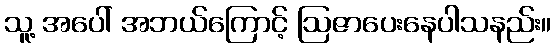
သူ့ အပေါ် အဘယ်ကြောင့် ဩဇာပေးနေပါသနည်း။